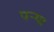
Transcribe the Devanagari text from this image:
पऱ्या